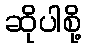
ဆိုပါစို့